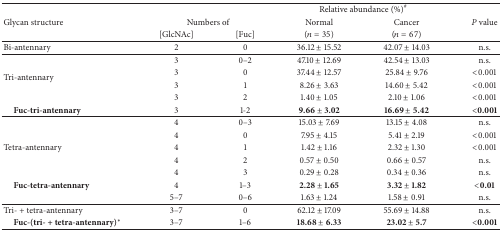
<table><thead><tr><td><b> </b></td><td><b> </b></td><td><b> </b></td><td colspan="2"><b>Relative abundance (%)<sup>#</sup></b></td><td><b> </b></td></tr><tr><td><b>Glycan structure</b></td><td colspan="2"><b>Numbers of </b></td><td><b>Normal </b></td><td><b>Cancer</b></td><td><b><i>P</i> value</b></td></tr><tr><td><b> </b></td><td><b>[GlcNAc] </b></td><td><b>[Fuc]</b></td><td><b>(<i>n</i> = 35) </b></td><td><b>(<i>n</i> = 67)</b></td><td><b> </b></td></tr></thead><tbody><tr><td>Bi-antennary</td><td>2 </td><td>0</td><td>36.12 ± 15.52 </td><td>42.07 ± 14.03</td><td>n.s. </td></tr><tr><td> </td><td>3 </td><td>0–2</td><td>47.10 ± 12.69 </td><td>42.54 ± 13.03</td><td>n.s. </td></tr><tr><td rowspan="2">Tri-antennary</td><td>3 </td><td>0</td><td>37.44 ± 12.57 </td><td>25.84 ± 9.76</td><td>&lt;0.001 </td></tr><tr><td>3 </td><td>1</td><td>8.26 ± 3.63 </td><td>14.60 ± 5.42</td><td>&lt;0.001 </td></tr><tr><td> </td><td>3 </td><td>2</td><td>1.40 ± 1.05 </td><td>2.10 ± 1.06</td><td>&lt;0.001 </td></tr><tr><td> <b>Fuc-tri-antennary</b></td><td>3 </td><td>1-2</td><td><b>9.66 ± 3.02 </b></td><td><b>16.69 </b>±<b> 5.42</b></td><td><b>&lt;0.001</b></td></tr><tr><td> </td><td>4 </td><td>0–3</td><td>15.03 ± 7.69 </td><td>13.15 ± 4.08</td><td>n.s. </td></tr><tr><td> </td><td>4 </td><td>0</td><td>7.95 ± 4.15 </td><td>5.41 ± 2.19</td><td>&lt;0.001 </td></tr><tr><td>Tetra-antennary</td><td>4 </td><td>1</td><td>1.42 ± 1.16 </td><td>2.32 ± 1.30</td><td>&lt;0.001 </td></tr><tr><td> </td><td>4 </td><td>2</td><td>0.57 ± 0.50 </td><td>0.66 ± 0.57</td><td>n.s. </td></tr><tr><td> </td><td>4 </td><td>3</td><td>0.29 ± 0.28 </td><td>0.34 ± 0.36</td><td>n.s. </td></tr><tr><td> <b>Fuc-tetra-antennary</b></td><td>4 </td><td>1–3</td><td><b>2.28 ± 1.65 </b></td><td><b>3.32 </b>±<b> 1.82</b></td><td><b>&lt;0.01 </b></td></tr><tr><td> </td><td>5–7 </td><td>0–6</td><td>1.63 ± 1.24 </td><td>1.58 ± 0.91</td><td>n.s. </td></tr><tr><td>Tri- + tetra-antennary </td><td>3–7 </td><td>0</td><td>62.12 ± 17.09 </td><td>55.69 ± 14.88</td><td>n.s. </td></tr><tr><td> <b>Fuc-(tri- + tetra-antennary)*</b></td><td>3–7 </td><td>1–6</td><td><b>18.68 </b>±<b> 6.33 </b></td><td><b>23.02 </b>±<b> 5.7</b></td><td><b>&lt;0.001 </b></td></tr></tbody></table>